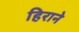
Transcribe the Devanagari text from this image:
हिराने